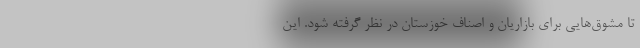
تا مشوق‌هایی برای بازاریان و اصناف خوزستان در نظر گرفته شود. این